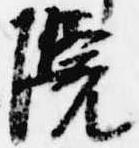
院